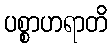
ပစ္စာဟရာတိ